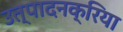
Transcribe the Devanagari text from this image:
उत्पादनक्रिया